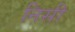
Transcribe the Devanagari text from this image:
निसी